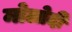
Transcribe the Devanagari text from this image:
मोलोदी